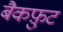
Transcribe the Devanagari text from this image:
बैकफ़ुट